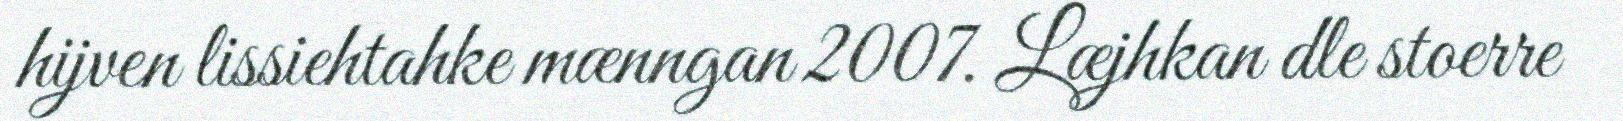
hijven lissiehtahke mænngan 2007. Læjhkan dle stoerre